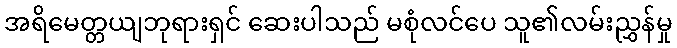
အရိမေတ္တယျဘုရားရှင် ဆေးပါသည် မစုံလင်ပေ သူ၏လမ်းညွှန်မှု